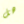
هل